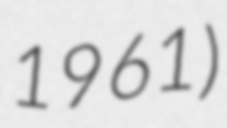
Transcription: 1961)